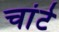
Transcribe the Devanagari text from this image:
चांटे